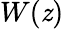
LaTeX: W(\mathit{z})